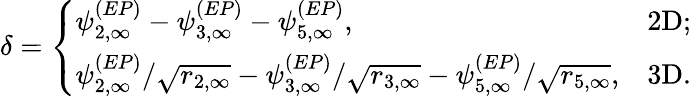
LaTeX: \delta=\left\{ \begin{array}{ll}{\psi_{2,\infty}^{(EP)}-\psi_{3,\infty}^{(EP)}-\psi_{5,\infty}^{(EP)},}&{\mathrm{2D};}\\ {\psi_{2,\infty}^{(EP)}/\sqrt{r_{2,\infty}}-\psi_{3,\infty}^{(EP)}/\sqrt{r_{3,\infty}}-\psi_{5,\infty}^{(EP)}/\sqrt{r_{5,\infty}},}&{\mathrm{3D}.}\end{array}\right.